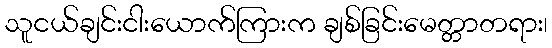
သူငယ်ချင်းငါးယောက်ကြားက ချစ်ခြင်းမေတ္တာတရား၊